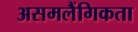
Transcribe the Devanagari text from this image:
असमलैंगिकता